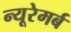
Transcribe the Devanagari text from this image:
न्यूरेमर्ब